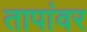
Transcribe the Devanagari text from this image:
तापांवर